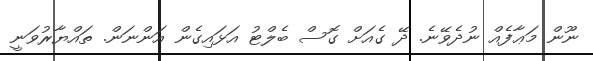
ނޫން މަޢާފެއް ނުދެވޭނެ. ދޭ ގެއަށް ގޮސް ބެލްޓު އަޅައިގެން އަންނަން. ތައްޔާރުވަނީ